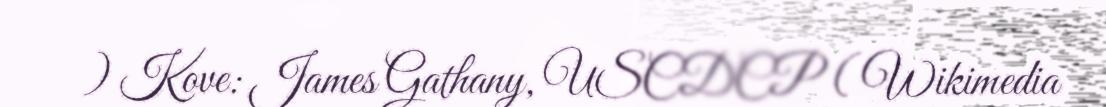
) Kove: James Gathany, USCDCP ( Wikimedia